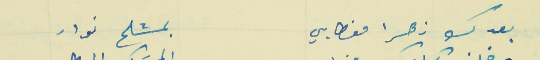
بعدك زهرا مغطايي                                       بمشلح نوار